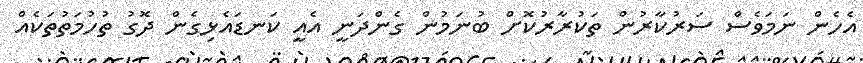
އެހެން ނަމަވެސް ސަރުކާރުން ތަކުރާރުކޮށް ބުނަމުން ގެންދަނީ އެއީ ކަނޑައެޅިގެން ދޮގު ތުހުމަތުތަކެއް